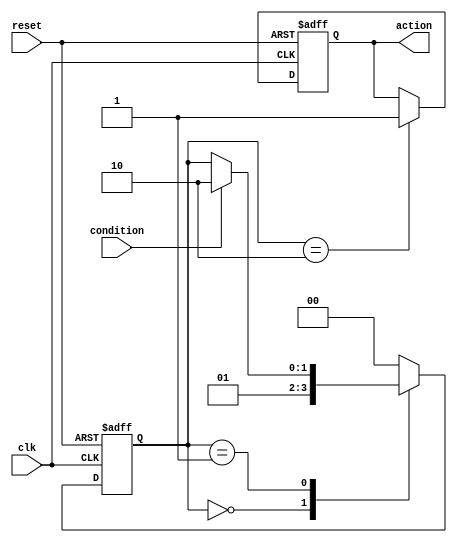
module conditional_wait_example (
    input wire clk,
    input wire reset,
    input wire condition,  // Condition to wait for
    output reg action      // Action to be taken when condition is met
);

    // State declaration
    reg [1:0] state;

    // State encoding
    localparam IDLE = 2'b00,
               WAIT = 2'b01,
               ACTION = 2'b10;

    // Always block to handle state transitions
    always @(posedge clk or posedge reset) begin
        if (reset) begin
            state <= IDLE;
            action <= 1'b0;
        end else begin
            case (state)
                IDLE: begin
                    // Transition to WAIT state
                    state <= WAIT;
                end
                WAIT: begin
                    // Wait for the condition to be true
                    if (condition) begin
                        state <= ACTION; // Move to ACTION state
                    end
                end
                ACTION: begin
                    // Perform the action
                    action <= 1'b1; // Set action signal
                    // Optionally return to IDLE or WAIT based on your design
                    state <= IDLE; // Example: return to IDLE after action
                end
                default: state <= IDLE; // Default case
            endcase
        end
    end

endmodule